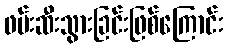
ဖမ်းဆီးသွားခြင်းဖြစ်ကြောင်း